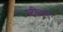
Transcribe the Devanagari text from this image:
शामिलकर